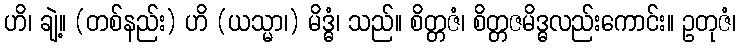
ဟိ၊ ချဲ့။ (တစ်နည်း) ဟိ (ယသ္မာ၊) မိဒ္ဓံ၊ သည်။ စိတ္တဇံ၊ စိတ္တဇမိဒ္ဓလည်းကောင်း။ ဥတုဇံ၊